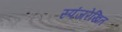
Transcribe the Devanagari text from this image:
स्पंजरेखित